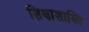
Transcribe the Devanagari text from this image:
शिक्षाशास्त्रि